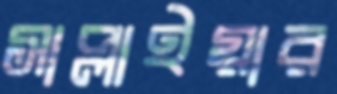
সাপ্লাইয়ার